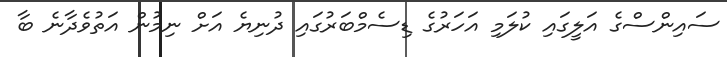
ސައިންސްގެ އަލީގައި ކުލަމި އަހަރުގެ ޑިސެމްބަރުގައި ދުނިޔެ އަށް ނިމުން އަތުވެދާނެ ބާ